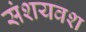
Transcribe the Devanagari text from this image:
संशयवश